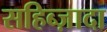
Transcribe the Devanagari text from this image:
सहिब्ज़ादा